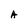
Character: A